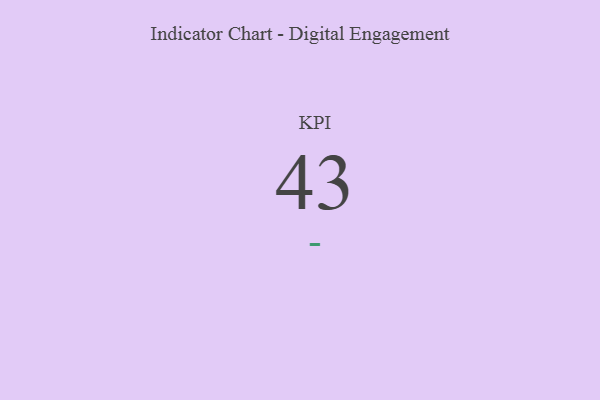
{"axis": {"x": "KPI", "y": "Value"}, "legend": [""], "data": [{"x": "KPI", "y": 43, "type": ""}]}